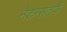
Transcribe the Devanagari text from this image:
नेशन्सतर्फे